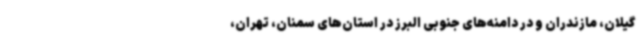
گیلان، مازندران و در دامنه‌های جنوبی البرز در استان‌های سمنان، تهران،